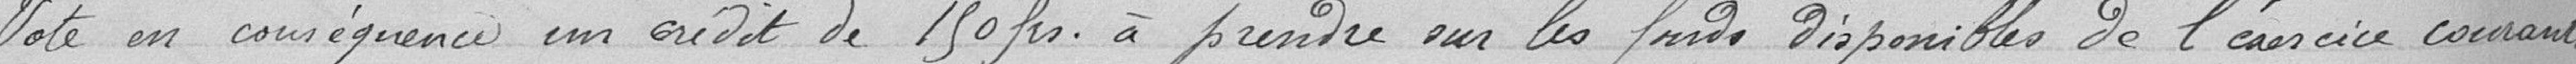
Vote en conséquence, un crédit de 150 francs à prendre sur les fonds disponibles de l'exercice courant.